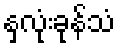
နှလုံးခုန်သံ